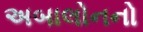
અબાલોનનો